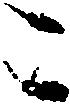
こ